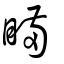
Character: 瞞